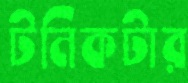
টনিকটার